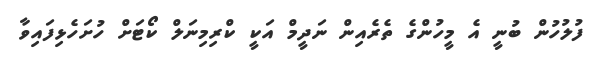
ފުލުހުން ބުނީ އެ މީހުންގެ ތެރެއިން ނަދީމް އަކީ ކްރިމިނަލް ކޯޓަށް ހުށަހެޅިފައިވާ